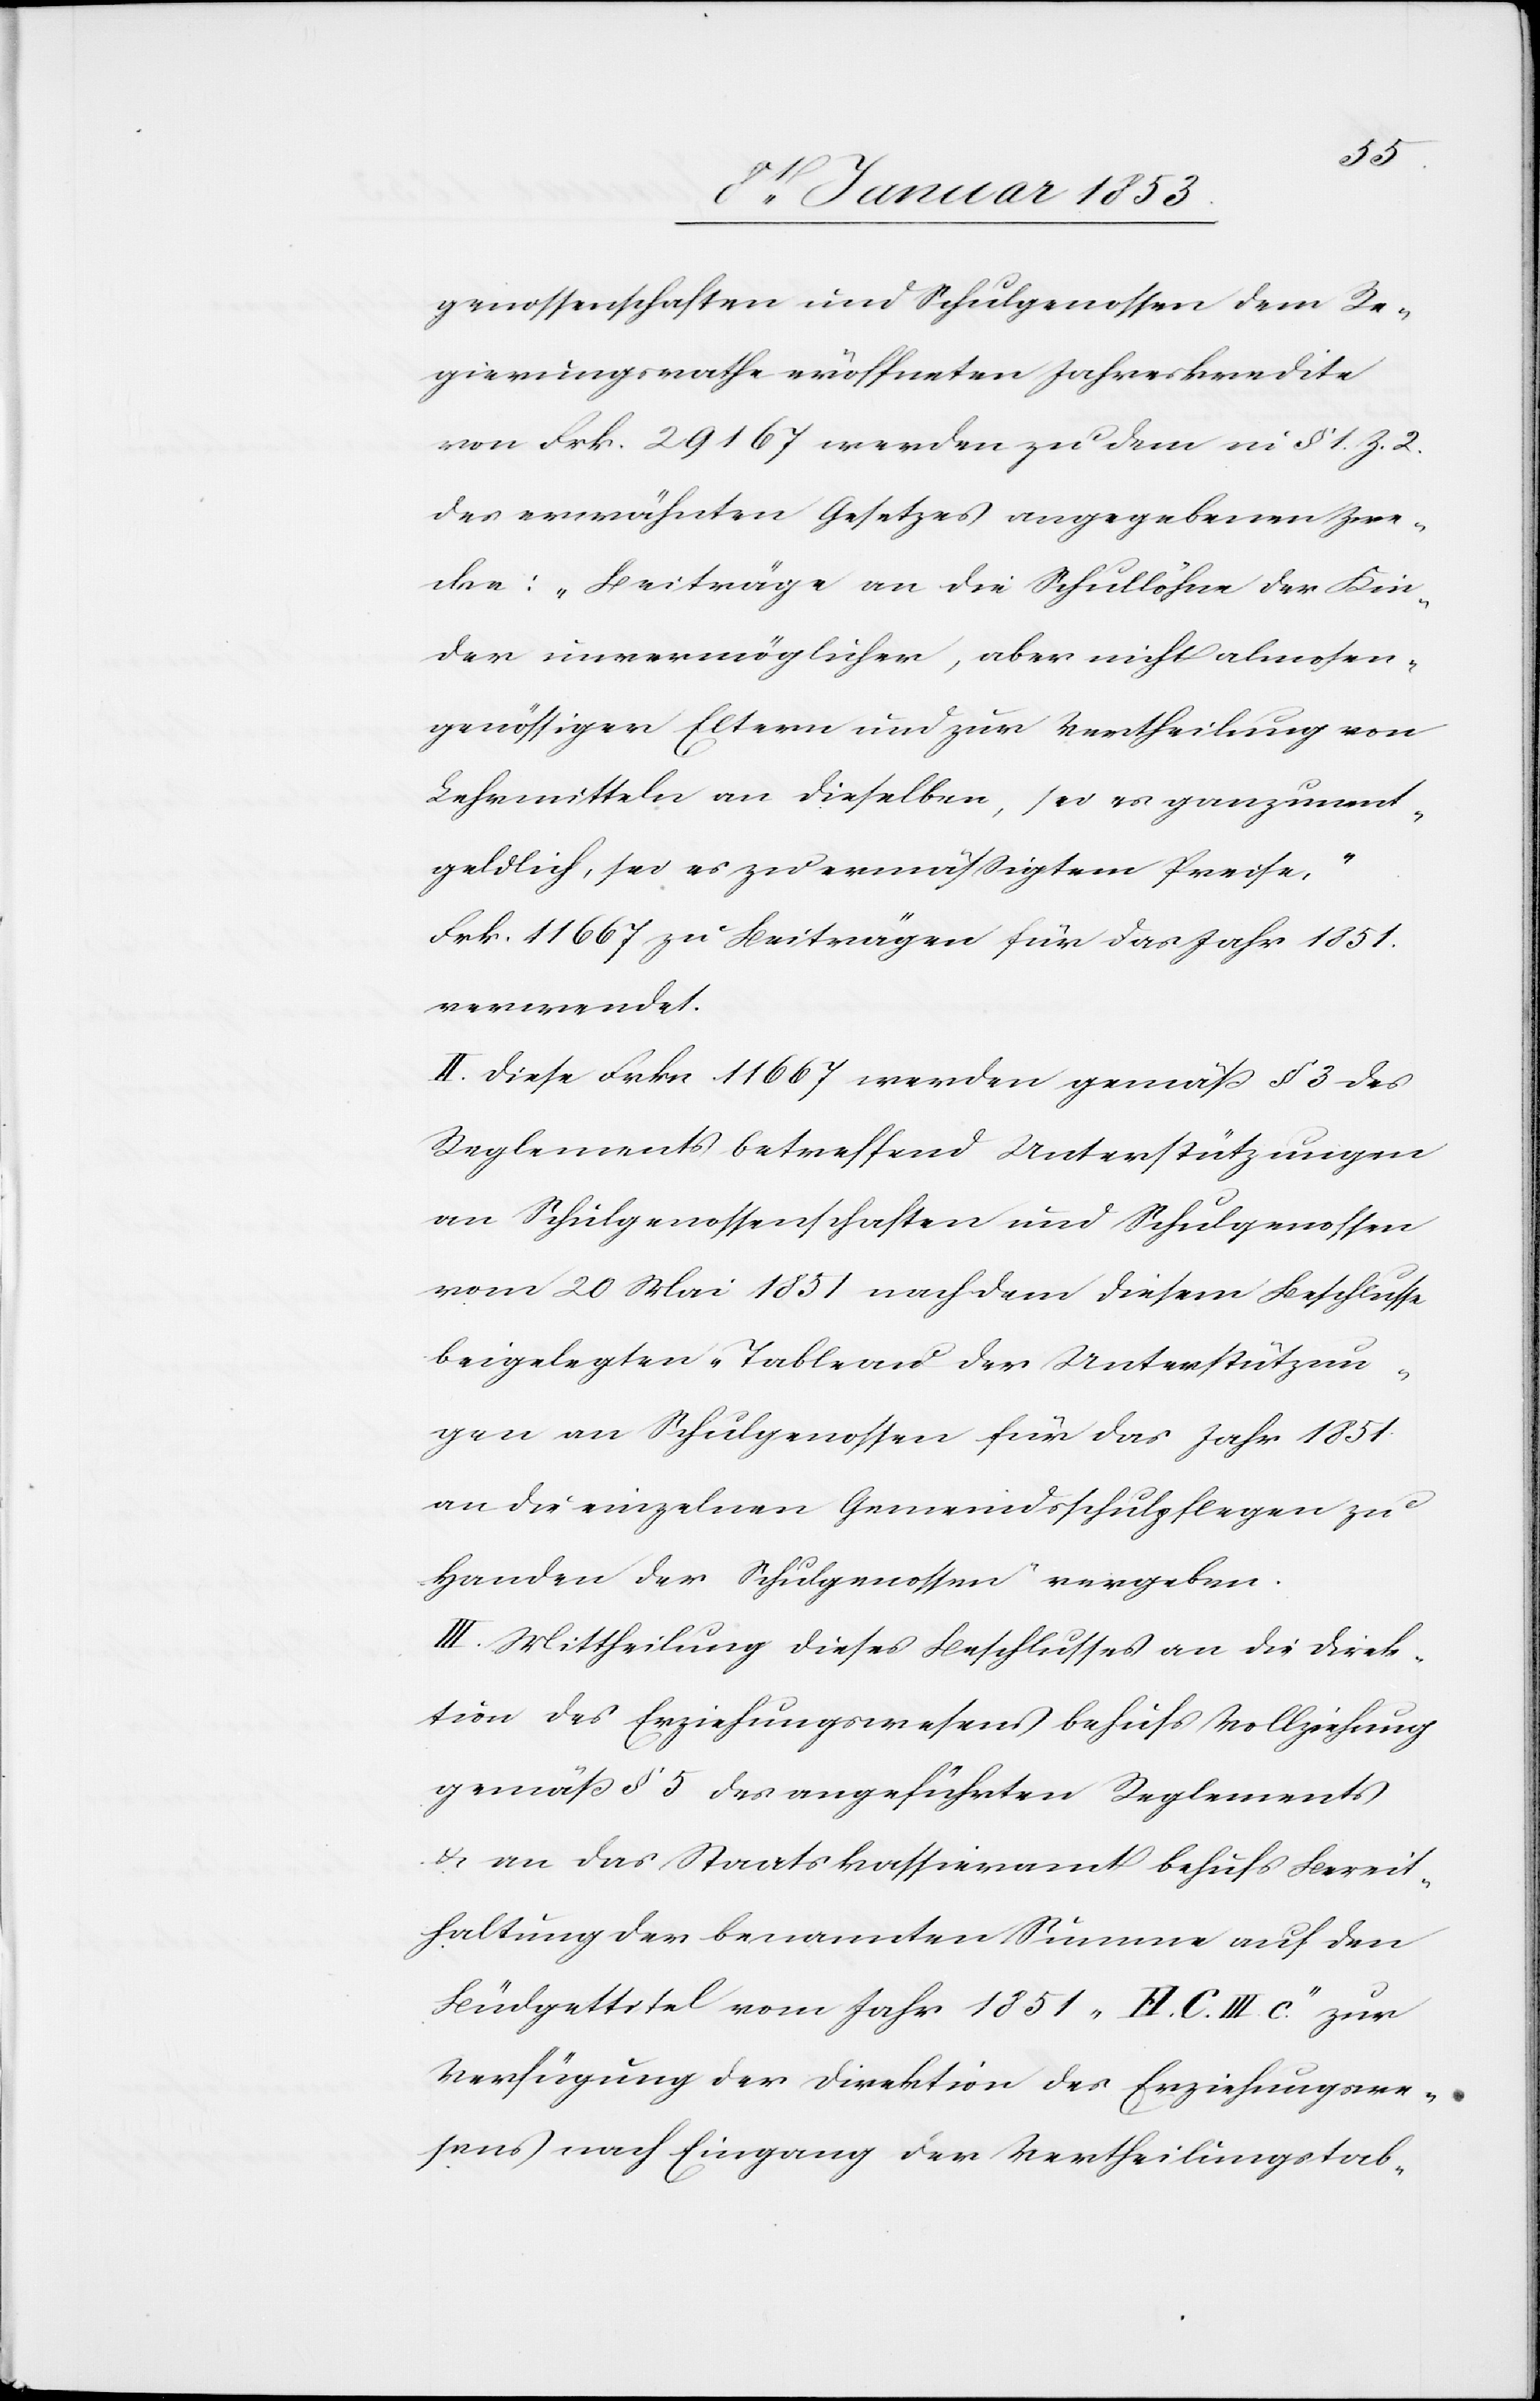
genossenschaften und Schulgenossen dem Re¬
gierungsrathe eröffneten Jahresberichte
von Frk. 29 167 werden zu dem in §. 1. Z. 2.
des erwähnten Gesetzes angegebenen Zwe¬
cke: „Beiträge an die Schullöhne der Kin¬
der unvermöglicher, aber nicht almosen¬
genössiger Eltern und zur Vertheilung von
Lehrmitteln an dieselben, sei es ganz unent¬
geldlich, sei es zu ermäßigtem Preise,“
Frk 11 667 zu Beiträgen für das Jahr 1851
verwendet.
II. Diese Frkn 11 667 werden gemäß §. 3 des
Reglements betreffend Unterstützungen
an Schulgenossenschaften und Schulgenossen
vom 20 Mai 1851 nachdem diesem Beschlusse
beigelegten „Tableau der Unterstützun¬
gen[“] an Schulgenossen für das Jahr 1851
an die einzelnen Gemeindsschulpflegen zu
Handen der Schulgenossen vergeben.
III. Mittheilung dieses Beschlusses an die Direk¬
tion des Erziehungswesens behufs Vollziehung
gemäß § 5 des angeführten Reglements
u. an das Staatskassieramt behufs Bereit¬
haltung der benannten Summe auf den
Budgettitel vom Jahr 1851 „H.C.III. c.“ zur
Verfügung der Direktion des Erziehungswe¬
sens nach Eingang der Vertheilungstab-